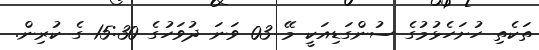
ތަކެތި ހުށަހެޅުމުގެ ސުންގަޑިއަކީ މޭ 03 ވަނަ ދުވަހުގެ 15:30 ގެ ކުރިން.